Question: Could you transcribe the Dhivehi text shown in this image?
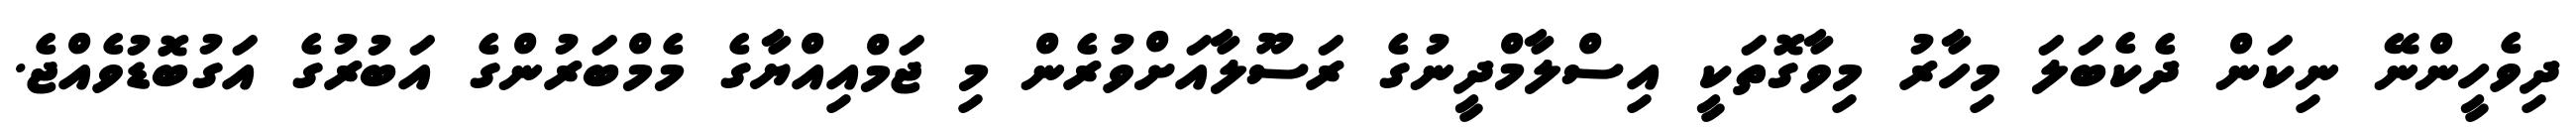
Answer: ދިވެހީންނޭ ނިކަން ދެކެބަލަ މިހާރު މިވާގޮތަކީ އިސްލާމްދީނުގެ ރަސޫލާއަށްވުރެން މި ޖަމްއިއްޔާގެ މެމްބަރުންގެ އަބުރުގެ އަގުބޮޑުވެއްޖެ.